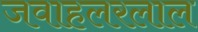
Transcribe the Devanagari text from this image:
जवाहलरलाल